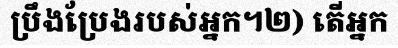
ប្រឹងប្រែងរបស់អ្នក។២) តើអ្នក